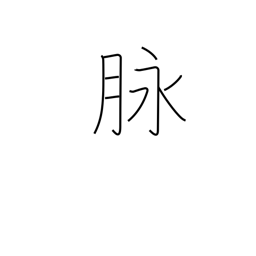
Meaning: vein (blood, ore)